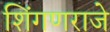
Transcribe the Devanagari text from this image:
शिंगणराजे